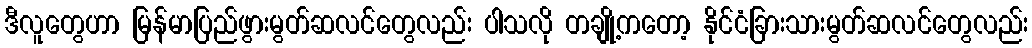
ဒီလူတွေဟာ မြန်မာပြည်ဖွားမွတ်ဆလင်တွေလည်း ပါသလို တချို့ကတော့ နိုင်ငံခြားသားမွတ်ဆလင်တွေလည်း